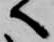
へ